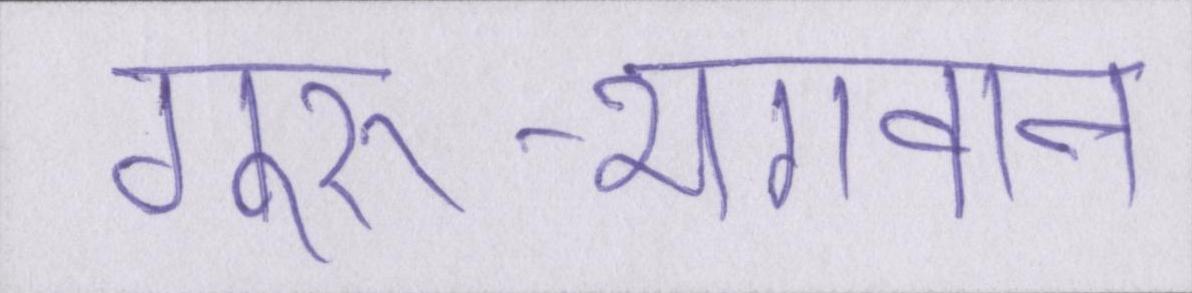
गुरु-भगवान